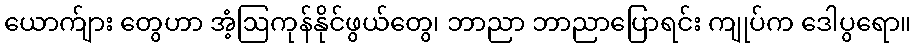
ယောက်ျား တွေဟာ အံ့ဩကုန်နိုင်ဖွယ်တွေ၊ ဘာညာ ဘာညာပြောရင်း ကျုပ်က ဒေါပွရော။